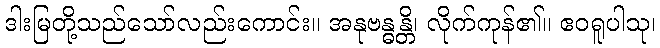
ဒါးမြတို့သည်သော်လည်းကောင်း။ အနုဗန္ဓန္တိ၊ လိုက်ကုန်၏။ ဧဝရူပါသု၊